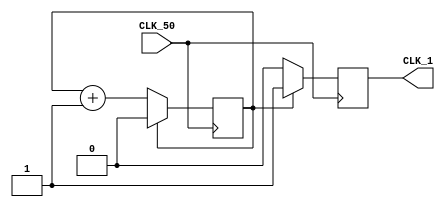
module divisor_freq (CLK_50, CLK_1);

	input CLK_50;
	output reg CLK_1;
	
	//reg [25:0] OUT;
	reg OUT;
	
	
	always @ (posedge CLK_50)
	begin
		// PARA USAR COM CLK DE 50MHz do kit FPGA
		
		/*if (OUT == 26'd50000000)
			begin
				OUT<= 0;
				CLK_1 <= 1;
			end
		else
			begin
				OUT<= OUT+1;
				CLK_1 <= 0;
			end
		
		*/
		if (OUT == 1)
			begin
				OUT<= 0;
				CLK_1 <= 1;
			end
		else
			begin
				OUT<= OUT+1;
				CLK_1 <= 0;
			end
		
	end
	
endmodule